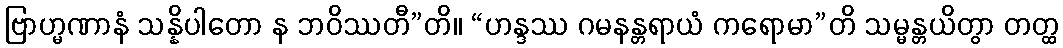
ဗြာဟ္မဏာနံ သန္နိပါတော န ဘဝိဿတီ”တိ။ “ဟန္ဒဿ ဂမနန္တရာယံ ကရောမာ”တိ သမ္မန္တယိတွာ တတ္ထ